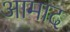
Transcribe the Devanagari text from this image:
आमाद